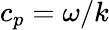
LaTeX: c_{p}=\omega/k